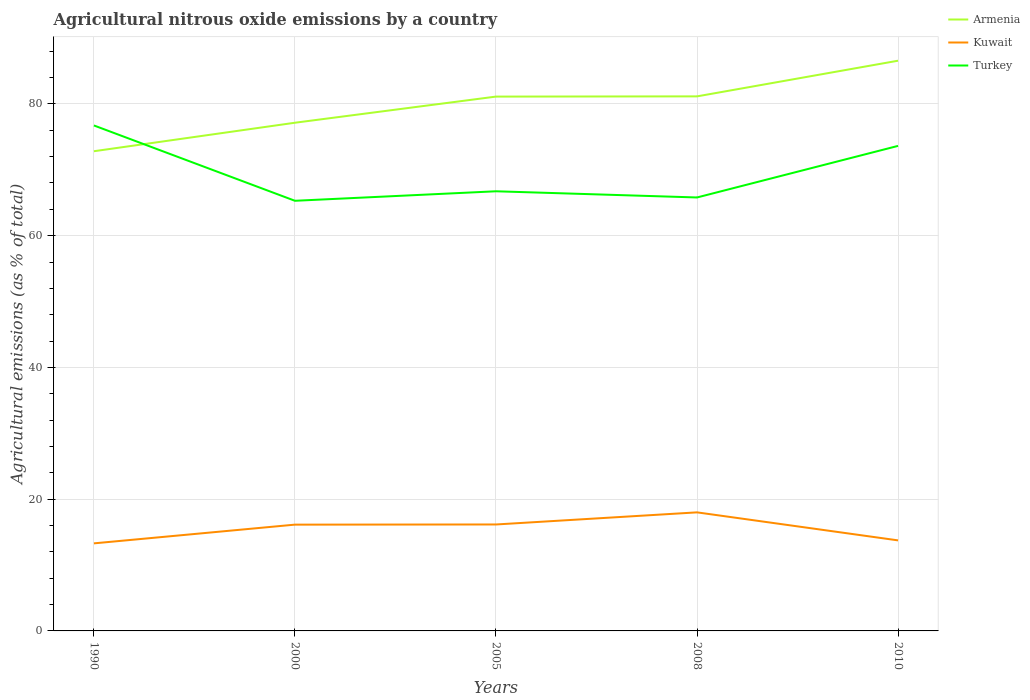
| Years | Armenia | Kuwait | Turkey |
 | --- | --- | --- | --- |
 | 1990 | 72.8 | 13.3 | 76.7 |
 | 2000 | 77.1 | 16.1 | 65.3 |
 | 2005 | 81.1 | 16.2 | 66.7 |
 | 2008 | 81.1 | 18 | 65.8 |
 | 2010 | 86.6 | 13.7 | 73.6 |